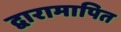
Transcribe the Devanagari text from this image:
द्वारामापित